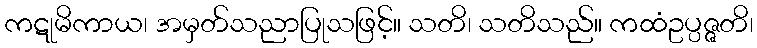
ကဋုမိကာယ၊ အမှတ်သညာပြုသဖြင့်။ သတိ၊ သတိသည်။ ကထံဥပ္ပဇ္ဇတိ၊